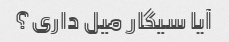
آیا سیگار میل داری؟